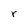
Character: r